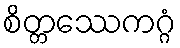
စိတ္တဿေကဂ္ဂံ